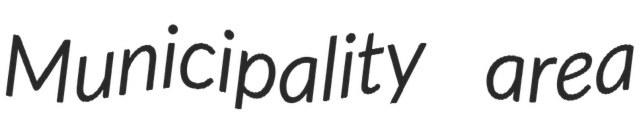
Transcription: Municipality area